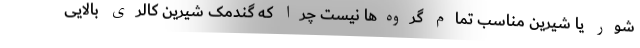
شور یا شیرین مناسب تمام گروه‌ها نیست چرا که گندمک شیرین کالری بالایی